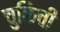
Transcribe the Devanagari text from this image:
चुकिची